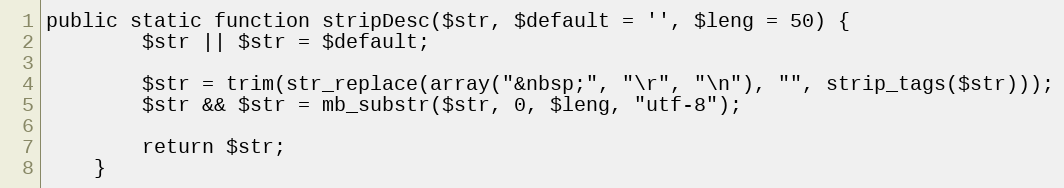
Language: PHP
public static function stripDesc($str, $default = '', $leng = 50) {
		$str || $str = $default;

		$str = trim(str_replace(array("&nbsp;", "\r", "\n"), "", strip_tags($str)));
		$str && $str = mb_substr($str, 0, $leng, "utf-8");

		return $str;
	}